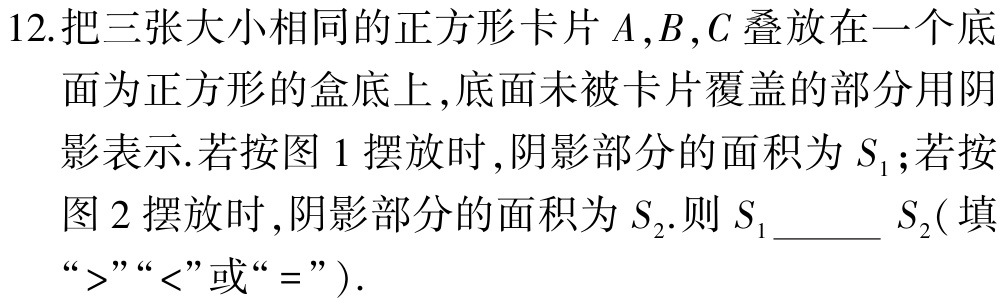
12.把三张大小相同的正方形卡片\(A,B,C\)叠放在一个底面为正方形的盒底上,底面未被卡片覆盖的部分用阴影表示.若按图\(1\)摆放时,阴影部分的面积为\(S_{1}\);若按图\(2\)摆放时,阴影部分的面积为\(S_{2}\).则\(S_{1}\)______\(S_{2}\)(填“\(>\)”“\(<\)”或“\(=\)” ).